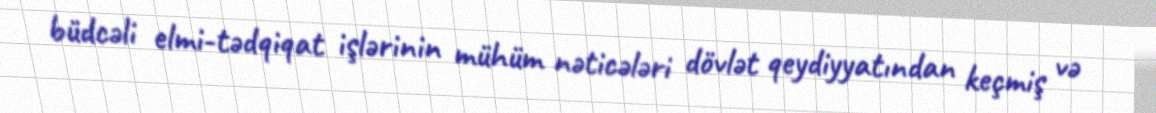
büdcəli elmi-tədqiqat işlərinin mühüm nəticələri dövlət qeydiyyatından keçmiş və